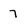
Character: 7